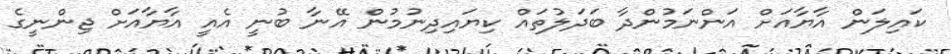
ކައިލަން އާޔާއަށް އަންނަމުންދާ ބަދަލުތައް ކިޔައިދިނުމުން އޭނާ ބުނީ އެއީ އާޔާއަށް ޖިންނީގެ